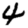
Digit: 4